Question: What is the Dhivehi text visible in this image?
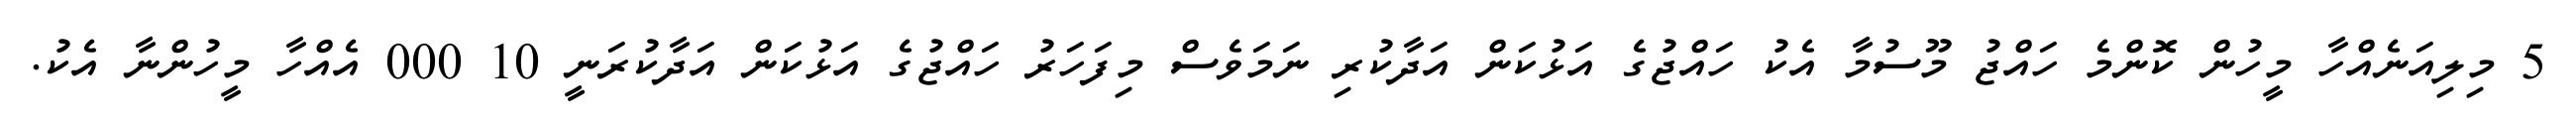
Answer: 5 މިލިއަނެއްހާ މީހުން ކޮންމެ ހައްޖު މޫސުމާ އެކު ހައްޖުގެ އަޅުކަން އަދާކުރި ނަމަވެސް މިފަހަރު ހައްޖުގެ އަޅުކަން އަދާކުރަނީ 10 000 އެއްހާ މީހުންނާ އެކު.